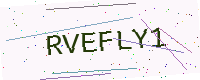
Text: RVEFLY1